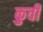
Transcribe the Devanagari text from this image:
कुवी